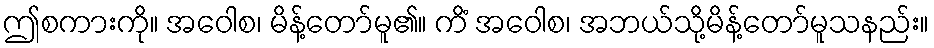
ဤစကားကို။ အဝေါစ၊ မိန့်တော်မူ၏။ ကိံ အဝေါစ၊ အဘယ်သို့မိန့်တော်မူသနည်း။